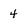
Character: 4